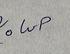
Signature authenticity: forged